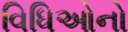
વિધિઓનો